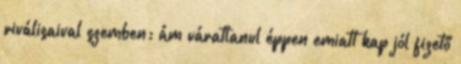
riválisaival szemben; ám váratlanul éppen emiatt kap jól fizető